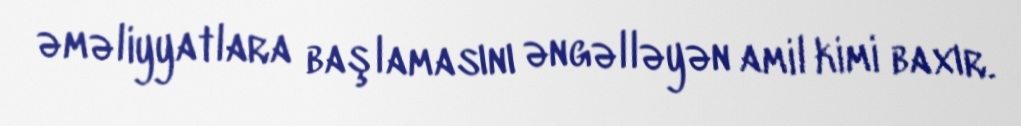
əməliyyatlara başlamasını əngəlləyən amil kimi baxır.